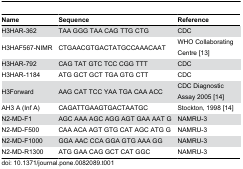
| Name | Sequence | Reference |
 | --- | --- | --- |
 | H3HAR-362 | TAA GGG TAA CAG TTG CTG | CDC |
 | H3HAF567-NIMR | CTGAACGTGACTATGCCAAACAAT | WHO Collaborating Centre [13] |
 | H3HAR-792 | CAG TAT GTC TCC CGG TTT | CDC |
 | H3HAR-1184 | ATG GCT GCT TGA GTG CTT | CDC |
 | H3Forward | AAG CAT TCC YAA TGA CAA ACC | CDC Diagnostic Assay 2005 [14] |
 | AH3 A (Inf A) | CAGATTGAAGTGACTAATGC | Stockton, 1998 [14] |
 | N2-MD-F1 | AGC AAA AGC AGG AGT GAA AAT G | NAMRU-3 |
 | N2-MD-F500 | CAA ACA AGT GTG CAT AGC ATG G | NAMRU-3 |
 | N2-MD-F1000 | GGA AAC CCA GGA GTG AAA GG | NAMRU-3 |
 | N2-MD-R1300 | ATG GAA CAG GCT CAT GGC | NAMRU-3 |